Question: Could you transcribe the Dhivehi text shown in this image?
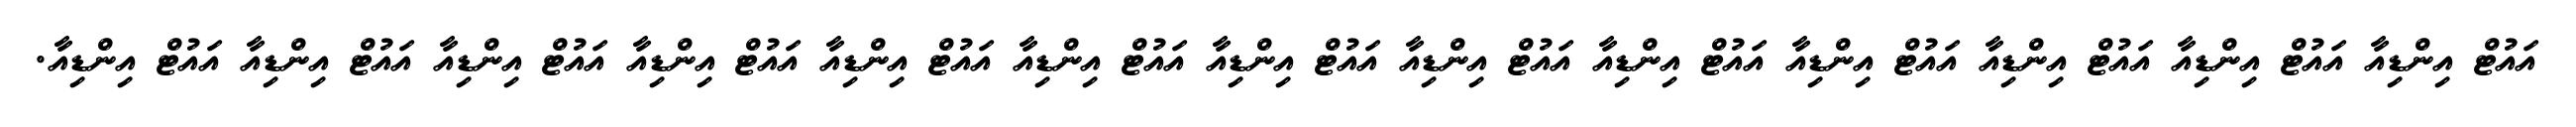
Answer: އައުޓް އިންޑިއާ އައުޓް އިންޑިއާ އައުޓް އިންޑިއާ އައުޓް އިންޑިއާ އައުޓް އިންޑިއާ އައުޓް އިންޑިއާ އައުޓް އިންޑިއާ އައުޓް އިންޑިއާ އައުޓް އިންޑިއާ އައުޓް އިންޑިއާ އައުޓް އިންޑިއާ އައުޓް އިންޑިއާ އައުޓް އިންޑިއާ.